Annual report of the Civil Veterinary Department, Bengal, and of the Bengal Veterinary College, for the year 1902-1903 - 1902-1903
Year: 1902
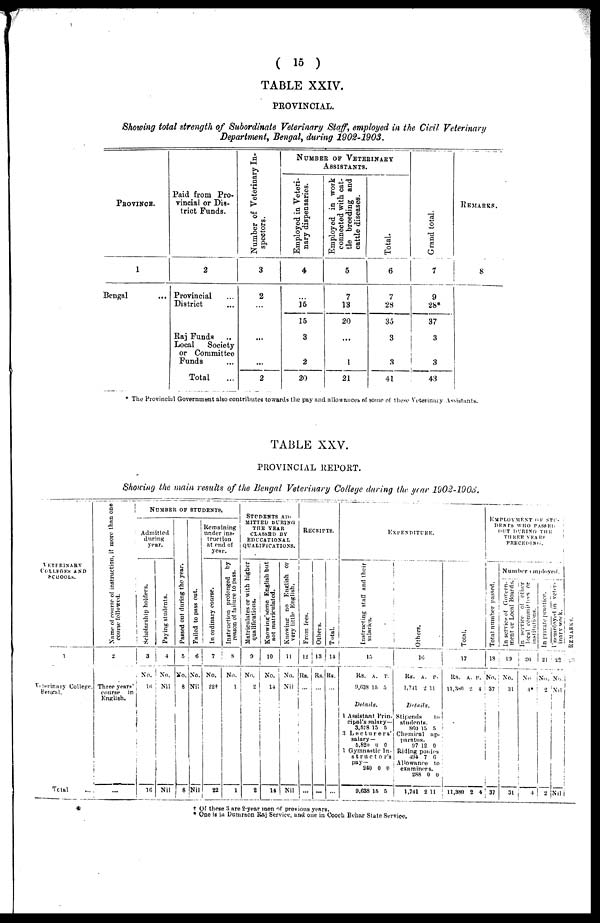
( 15 )
TABLE XXIV.
PROVINCIAL.
Showing total strength of Subordinate Veterinary Staff, employed in the Civil Veterinary
Department, Bengal, during 1902-1903.
PROVINCE.
1
Bengal ...
Paid from Pro-
vincial, or Dis-
trict Funds.
2
Provincial ...
District ...
Raj Funds ...
Local
Society
or Committee
Funds ...
Total ...
Number of Veterinary In-
spectors.
3
2
...
...
...
2
NUMBER
OF
VETERINARY
ASSISTANTS.
Employed in Veteri-
nary dispensaries.
4
...
15
15
3
2
20
Employed in work
connected with cat-
tle breeding and
cattle diseases.
5
7
13
20
...
1
21
Total.
6
7
28
35
3
3
41
Gr a nd total.
7
9 28
37
3
3
43
REMARKS.
8
* The Provincial Government also contributes towards the pay and allowances of some of these Veterinary Assistants.
TABLE XXV.
PROVINCIAL REPORT.
Showing the main results of the Bengal Veterinary College during the year 1902-1903.
VETERINARY
COLLEGES AND
SCHOOLS.
1
Veterinary College,
Bengal.
Total ...
Name of course of instruction, if more than one
course followed.
2
Three years'
course
in
English,
...
NUMBER OF STUDENTS.
Admitted
during
year.
Scholarship holders.
3
No.
16
16
Payi ng students.
4
No.
Nil
Nil
Passed out dur i
ng the year.
5
No.
8
8
Failed to pass out.
6
No.
Nil
Nil
Remaining
under ins-
truction
at end of
year.
In ordinary course.
7
No.
22+
22
Instruction prolonged by
reason of failure to pass.
8
No.
1
1
STUDENTS AD-
------ DURING
THE YEAR
CLASSED BY
EDUCATIONAL
QUALIFICATIONS.
Matriculates or with higher
qualifications.
9
No.
2
2
Knowing some English but
not matriculated.
10
No.
14
14
Knowing no English or
very little English.
11
No.
Nil
Nil
RECEIPTS.
From fees.
12
Rs.
...
...
Others.
13
Rs.
...
Total.
14
Rs.
...
EXPENDITURE.
Instructing stall and their
salaries.
15
Rs.
9,638
A.
15
P.
5
Details.
1 Assistant Prin-
cipal's salary—
3,578 15 5
3 Lectures'
salary —
5,820 0
0
1 Gymnastic In-
structors
----
240
9,638
0
15
0
5
Others.
16
Rs.
1,741
A.
2 1
P.
1
Details.
Stipends to
student.
SCO 15 5
Chemical ap-
paratus.
97 12 0
Riding ponies
494 7 6
Allowan to
examiners.
288
1,741
0
2 1
0
1
Tot al .
17
Rs.
11,380
11,380
A.
2
2
P.
4
4
EMPLOYMENT OF STUD-
ENTS WHO PASSED
OUT
DURING
THE
THREE YEARS
PRECEDING.
Tot al number passed.
18
No.
37
37
Number employed.
In service of Govern-
ment or Local Boards.
19
No.
31
31
In service of other
local committees or
institutions.
20
No
4*
4
In private practice.
21
No.
2
2
Unemployed
in veter-
inary work.
22
No.
Nil
Nil
RE MARKS .
† Of these 3 are 2-year men of previous years.
* One is in Dumraon Raj Service, and one in Cooch Behar State Service,